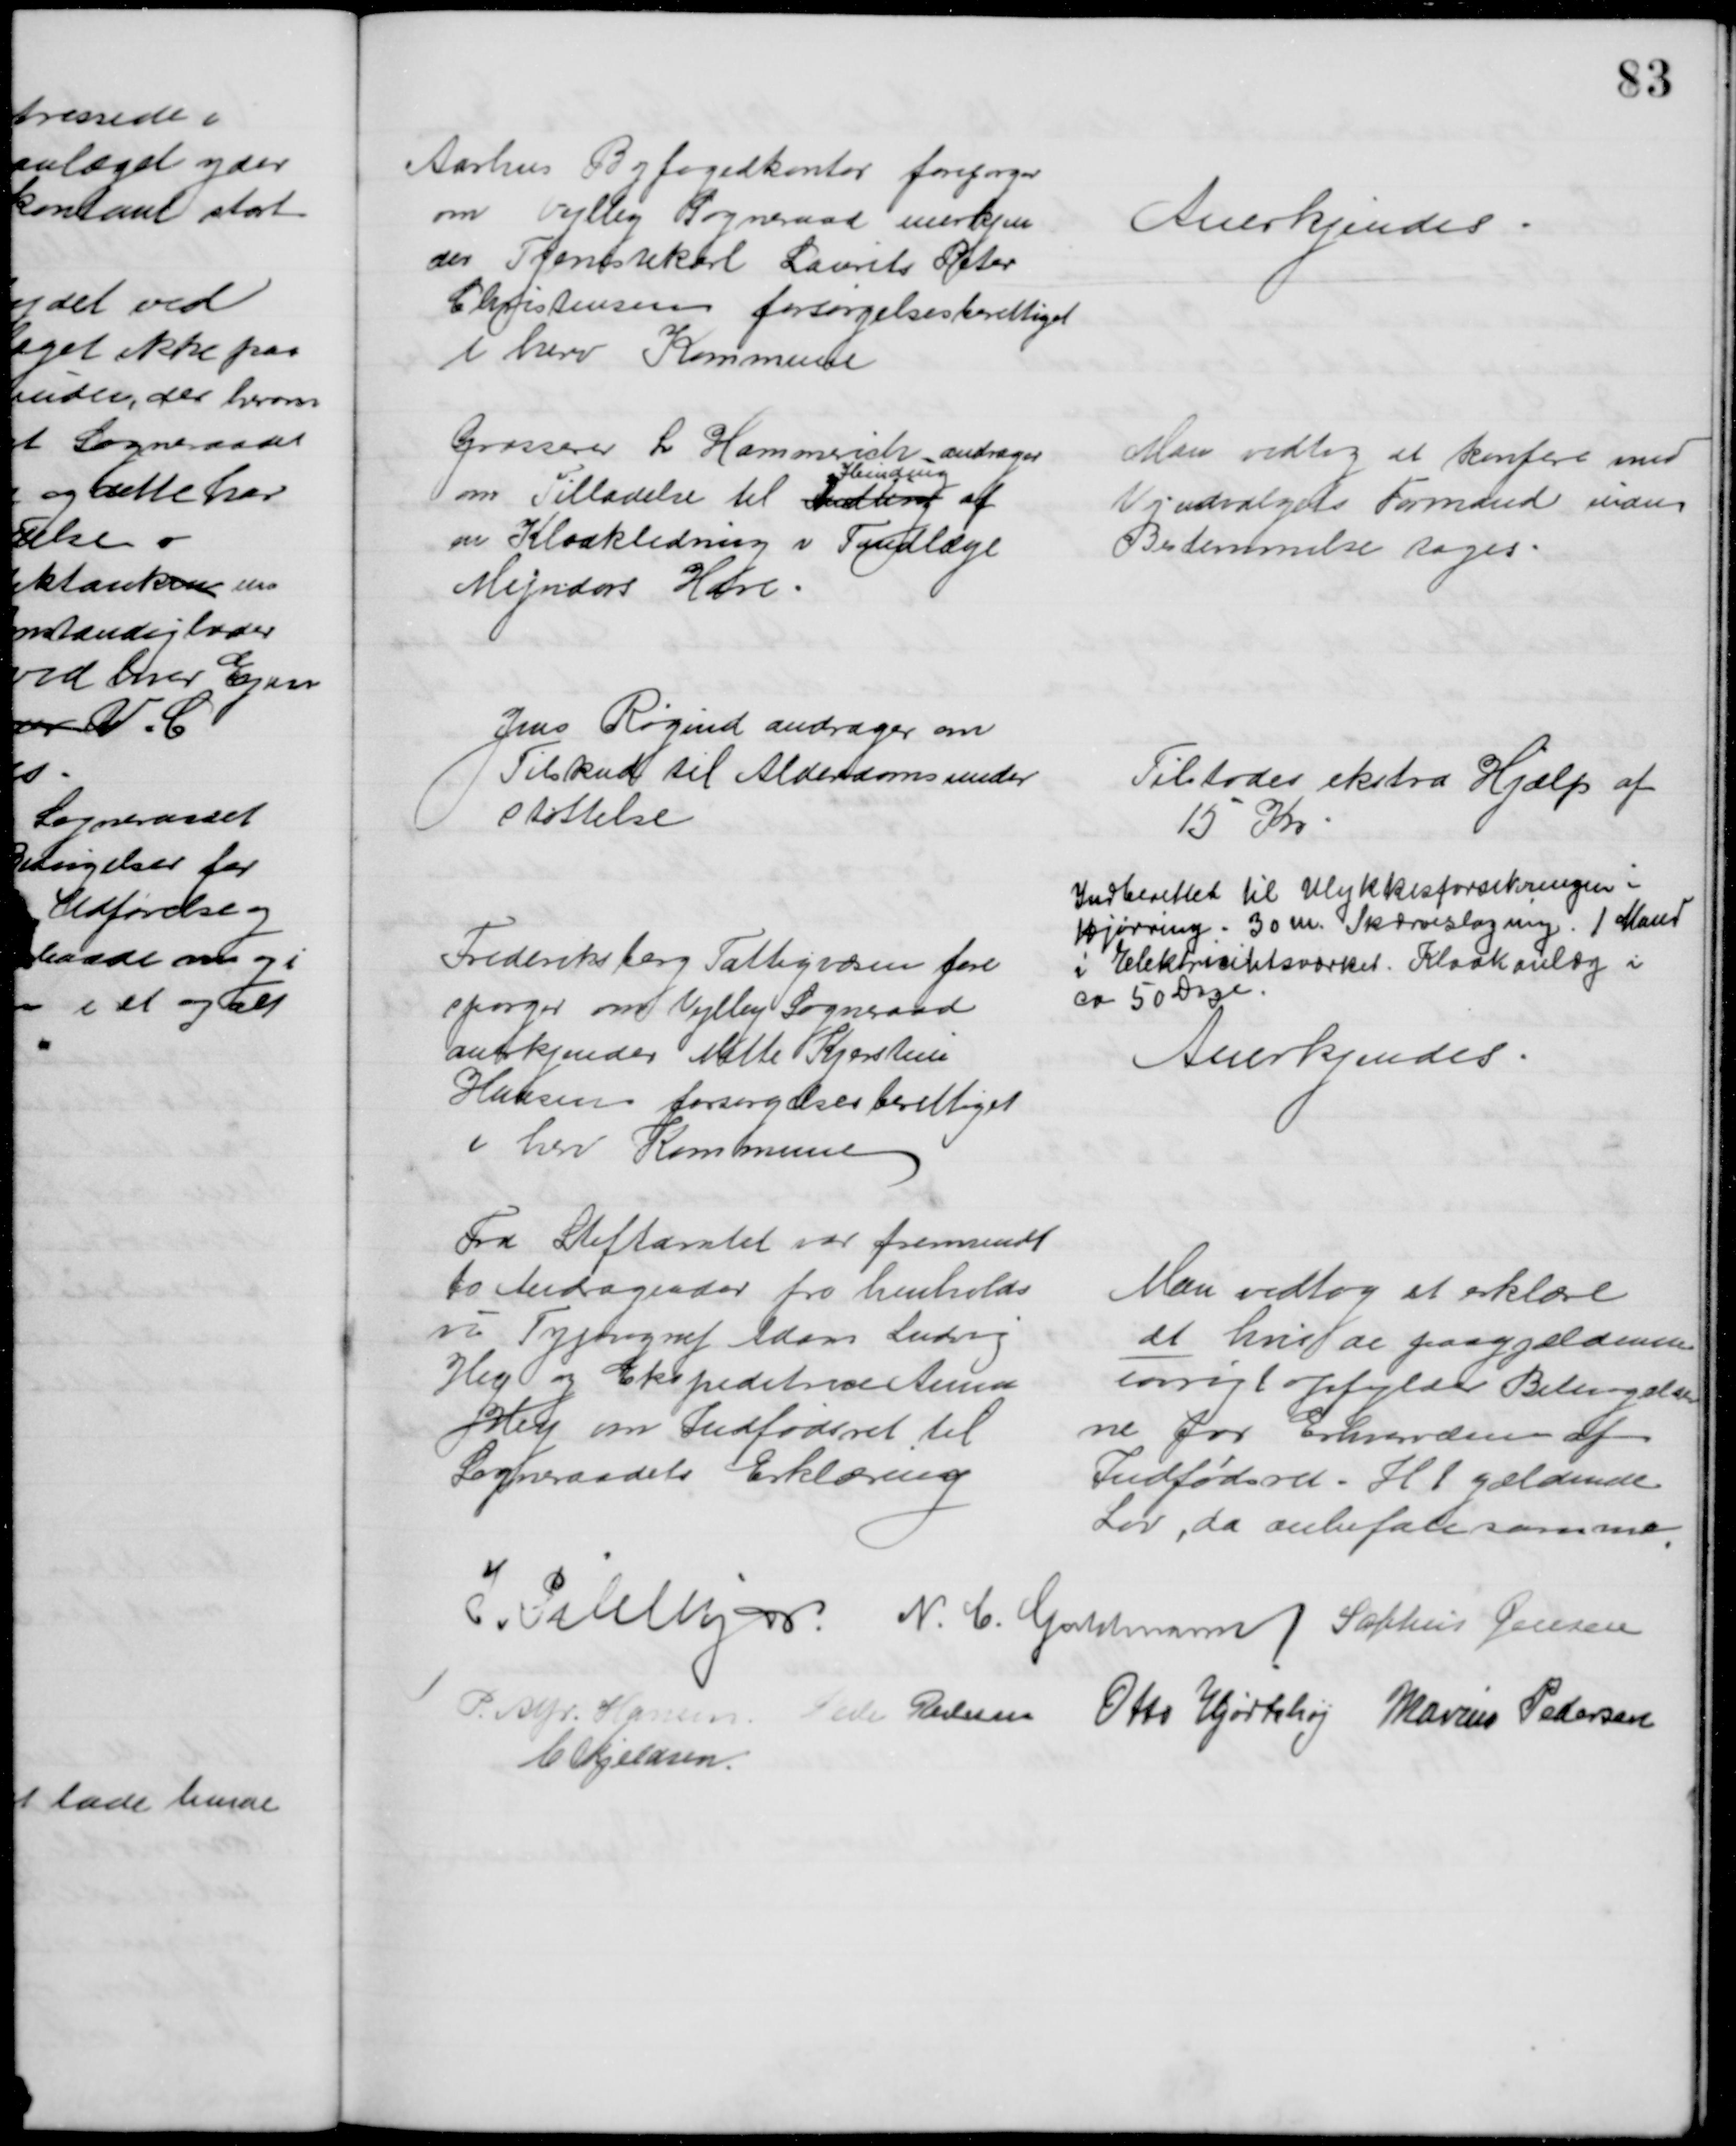
Transskription:
Aarhus Byfogedkontor forespørger
om Vejlby Sogneraad anerkjen
der Tjenestekarl Laurits Peter
Christensen forsørgelsesberettiget
i herv Kommune
Anerkjendes
Grosserer L. Hammerich andrager 
om Tilladelse til Indling 
Ibinding
af
en Kloakledning v Tandlæge
Mejndors Have
Man vedtog at konfere med
Vejudvalgets Formand inden
Bestemmelse tages
Jens Røgind andrager om
Tilskud til Alderdomsunder
støttelse
Tilstodes ekstra Hjælp af
15 Kr
Indberettet til Ulykkesforsikringen i
Hjørring. 30 m. Skærveslagning. 1 Mand
i Elektricitetsværket. Kloakanlæg i
ca 50 Dage.
Frederiksberg Fattigvæsen fore
spørger om Vejlby Sogneraad
anerkjender Mette Kjerstine
Hansen forsørgelsesberettiget
i herv Kommune
Anerkjendes
Fra Stiftamtet var fremsendt
to Andragender fra henholds
vis Typograf Adam Ludvig
Hey og Ekspeditrice Anna
Hey om Indfødsret til
Sogneraadets Erklæring
Man vedtog at erklære
at hvis de paagjældende
iøvrigt opfylder Betingelser
ne for Erhvervelse af
Indfødsret i H. t gældende
Lov, da anbefale samme.
J. Pihlkjær. N. C. Guldmann Sophus Jensen
P. Alfr. Hansen Peder Pedersen Otto Hjortshøj Marius Pedersen
C Kjeldsen.